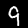
Digit: 9